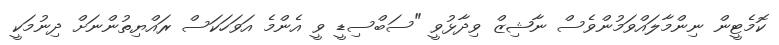
ކޮމެޓީން ނިންމާލައްވަމުންވެސް ނާޝިޒް ވިދާޅުވީ "ސަބްސިޑީ ވީ އެންމެ އަވަހަކަސް ރައްޔިތުންނަށް ދިނުމަކީ